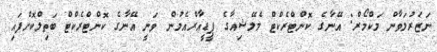
ނަޒަރުލަވާން މަކްމޯރް: އޭނާގެ ކޮންޓްރެކްޓް މެލޭޝިއާގެ ޕީީޑީއާރްއެމުން ވަނީ އޭނާގެ ކޮންޓްރެކްޓް ބަތިލްކޮށްފައި